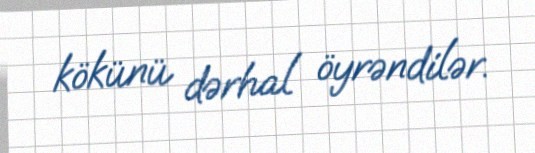
kökünü dərhal öyrəndilər.